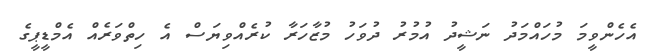
އެހެންވީމަ މުހައްމަދު ނަޝީދު އުމުރު ދުވަހު މުޒާހަރާ ކުރެއްވިޔަސް އެ ހިތްވަރެއް އެމްޑީޕީގެ